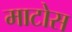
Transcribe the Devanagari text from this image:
माटोस